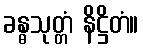
ခန္ဓသုတ္တံ နိဋ္ဌိတံ။